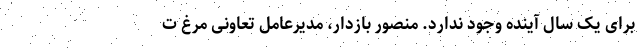
برای یک سال آینده وجود ندارد. منصور بازدار، مدیرعامل تعاونی مرغ ت